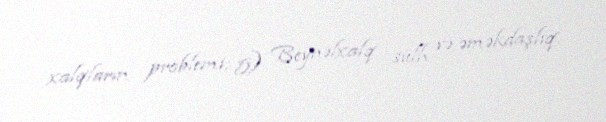
xalqların problemi; 5) Beynəlxalq sülh və əməkdaşlıq.